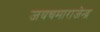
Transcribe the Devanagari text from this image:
जयचमाराजेन्द्र